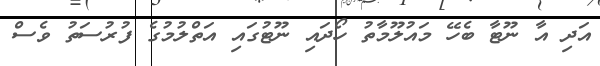
އަދި އާ ނޫޓާ ބެހޭ މައުލޫމާތު ހޯދައި ނޫޓުގައި އަތްލުމުގެ ފުރުސަތު ވެސް